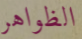
الظواهر